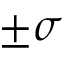
\pm \sigma